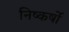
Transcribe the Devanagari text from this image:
निष्कर्षो